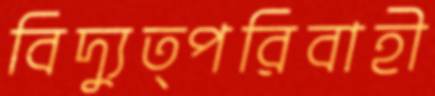
বিদ্যুত্পরিবাহী